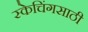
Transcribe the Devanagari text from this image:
स्केचिंगसाठी